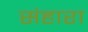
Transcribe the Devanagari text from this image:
संहारा